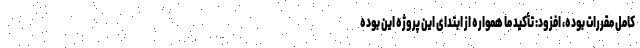
کامل مقررات بوده، افزود: تأکید ما همواره از ابتدای این پروژه این بوده